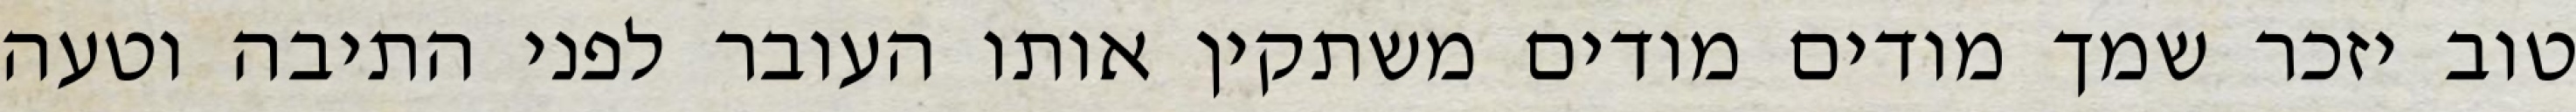
טוב יזכר שמך מודים מודים משתקין אותו העובר לפני התיבה וטעה